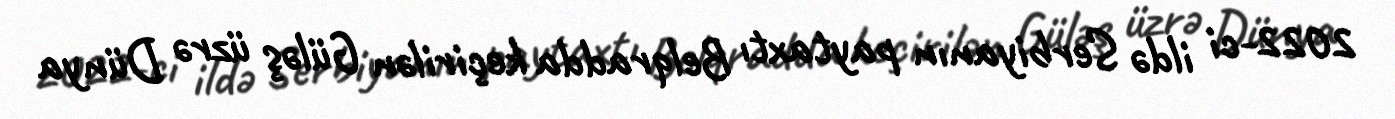
2022-ci ildə Serbiyanın paytaxtı Belqradda keçirilən Güləş üzrə Dünya